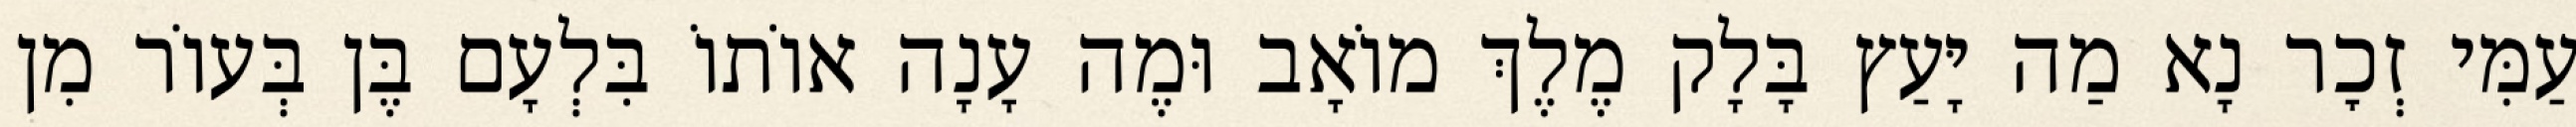
עַמִּי זְכׇר נָא מַה יָּעַץ בָּלָק מֶלֶךְ מוֹאָב וּמֶה עָנָה אוֹתוֹ בִּלְעָם בֶּן בְּעוֹר מִן